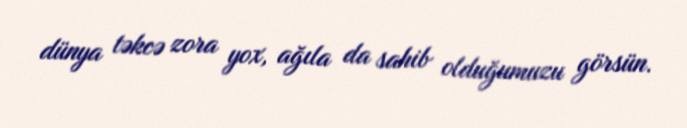
dünya təkcə zora yox, ağıla da sahib olduğumuzu görsün.